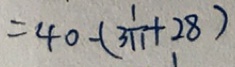
= 4 0 + ( 3 \frac { 1 } { 1 1 } + 2 8 )